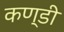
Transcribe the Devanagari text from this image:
कण्डी